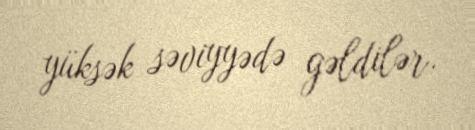
yüksək səviyyədə gəldilər.